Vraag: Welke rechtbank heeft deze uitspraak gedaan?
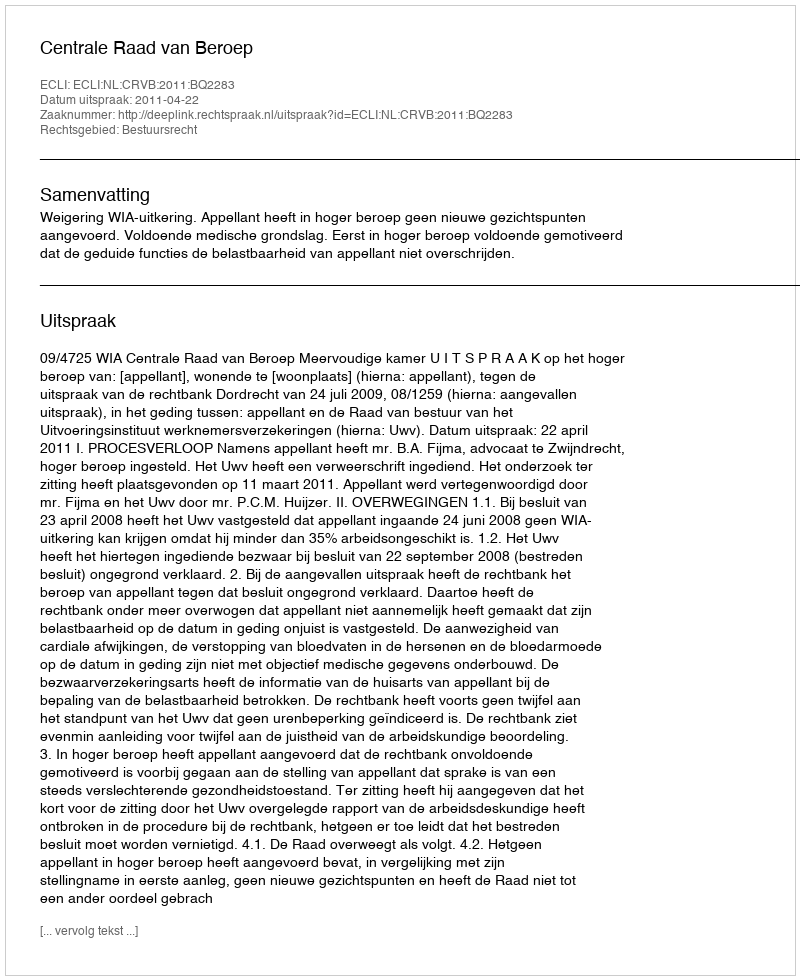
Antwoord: Centrale Raad van Beroep